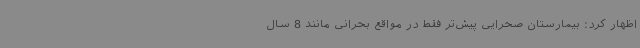
اظهار کرد: بیمارستان صحرایی پیش‌تر فقط در مواقع بحرانی مانند 8 سال